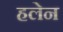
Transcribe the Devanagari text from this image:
हलेन